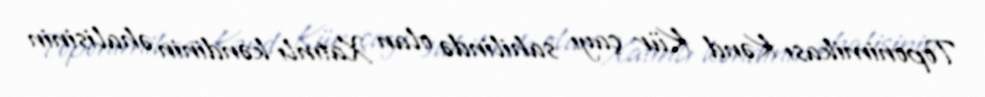
Toponimikası Kənd Kür çayı sahilində olan Xatınlı kəndinin əhalisinin